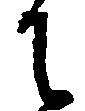
に